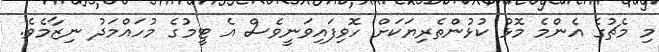
މި މެޗުގެ އެންެމެ މޮޅު ކުޅުންތެރިޔަކަށް ހޮވިފައިވަނީވެސް އެ ޓީމުގެ މުހައްމަދު ނިޒާމެވެ.